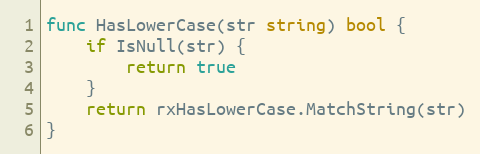
Language: Go
func HasLowerCase(str string) bool {
	if IsNull(str) {
		return true
	}
	return rxHasLowerCase.MatchString(str)
}